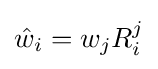
{\hat {w}}_{i}=w_{j}R_{i}^{j}